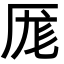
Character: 厖